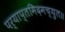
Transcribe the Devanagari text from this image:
पर्याप्तमिदमच्युत॥